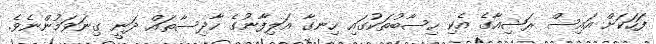
ފަހަކަށް އައިސް ރަޝިއާގެ އެކި ހިސާބުތަކުގައި ހިނގާ އަލިފާނުގެ ހާދިސާތައް ދަނީ ގިނަވަމުންނެވެ.